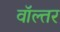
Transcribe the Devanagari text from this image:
वॉल्तर